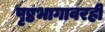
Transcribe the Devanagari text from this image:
पृष्ठभागावरही